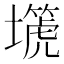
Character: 𡒞